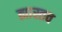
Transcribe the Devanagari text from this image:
ह्यास्तव